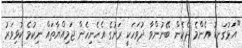
"އަޅުގަނޑު އެންމެ ދެކެން ބޭނުންވާ ދުވަހަކީ ރަށުގެ އެހެނިހެން ޖަމިއްޔާތައް ނިކުމެ ކުޅިވަރު